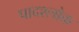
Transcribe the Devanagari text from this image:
पादश्लोक